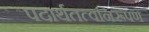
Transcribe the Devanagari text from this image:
पदार्थतत्वनिरूपण